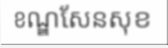
ខណ្ឌសែនសុខ